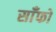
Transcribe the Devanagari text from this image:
साँफो